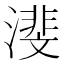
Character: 𪷕